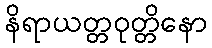
နိရာယတ္တဝုတ္တိနော